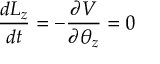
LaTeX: { \frac { d L _ { z } } { d t } } = - { \frac { \partial V } { \partial { \theta _ { z } } } } = 0